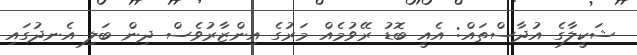
ޝަކީލާގެ އުދާސްތައް: އެއީ ބޮޑު ރޭވުމެއް މަރުގެ އިންޒާރުވެސް ދިން ބަލި އެނދުގައި